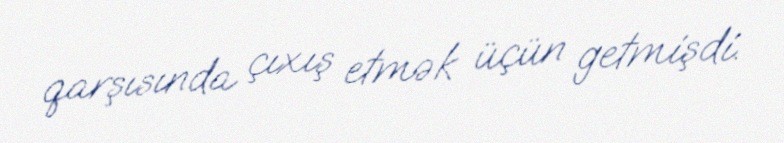
qarşısında çıxış etmək üçün getmişdi.